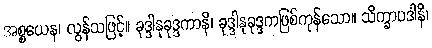
အစ္စယေန၊ လွန်သဖြင့်။ ခုဒ္ဒါနုခုဒ္ဒကာနိ၊ ခုဒ္ဒါနုခုဒ္ဒကဖြစ်ကုန်သော။ သိက္ခာပဒါနိ၊